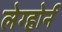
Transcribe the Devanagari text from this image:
लेग्होर्न